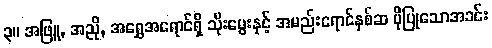
၃။ အဖြူ, အညို, အရွှေအရောင်ရှိ သိုးမွေးနှင့် အမည်းရောင်နှစ်ဆ ပိုပြုသောအခင်း